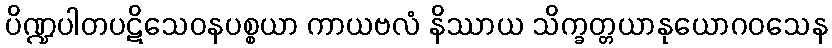
ပိဏ္ဍပါတပဋိသေဝနပစ္စယာ ကာယဗလံ နိဿာယ သိက္ခတ္တယာနုယောဂဝသေန